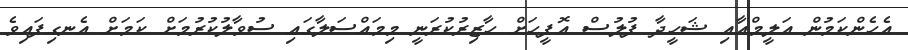
އެހެންކަމުން އަލީމްއާއި ޝަހީދާ ފުލުސް އޮފީހަށް ހާޒިރުކުރަނީ މިމައްސަލާގައި ސުވާލުކުރުމަށް ކަަމަށް އެނގިފައިވެ